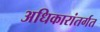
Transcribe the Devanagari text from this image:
अधिकारांतर्गत